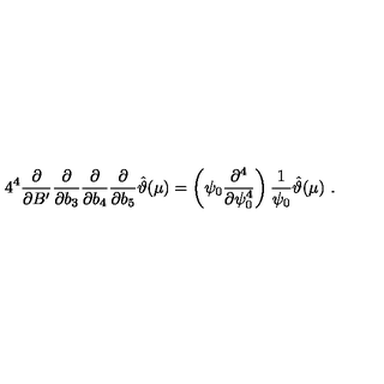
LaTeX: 4 ^ { 4 } \frac { \partial } { \partial B ^ { \prime } } \frac { \partial } { \partial b _ { 3 } } \frac { \partial } { \partial b _ { 4 } } \frac { \partial } { \partial b _ { 5 } } \hat { \vartheta } ( \mu ) = \left( \psi _ { 0 } \frac { \partial ^ { 4 } } { \partial \psi _ { 0 } ^ { 4 } } \right) \frac { 1 } { \psi _ { 0 } } \hat { \vartheta } ( \mu ) \ .